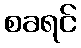
စခရင်